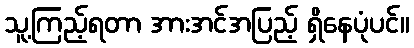
သူ့ကြည့်ရတာ အားအင်အပြည့် ရှိနေပုံပင်။